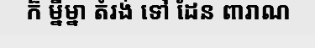
ក៏ ម្នីម្នា តំរង់ ទៅ ដែន ពារាណ